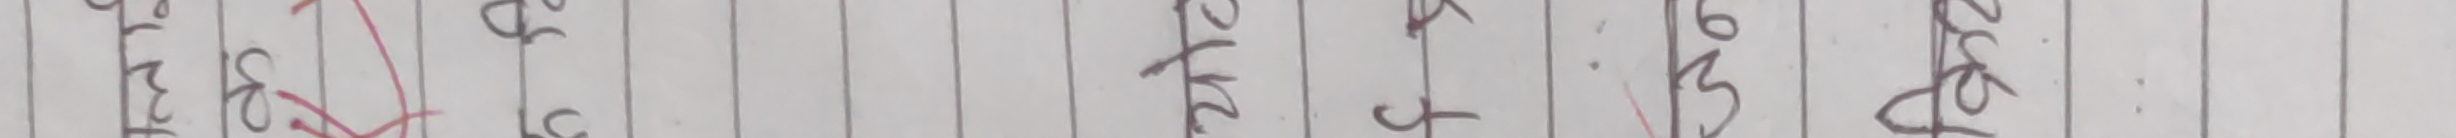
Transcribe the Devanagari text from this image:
प्रितम अनुज लक्ष्यु छठार पोखर मनरु